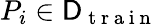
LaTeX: P_{i}\in\mathsf{D}_{\mathrm{~t~r~a~i~n~}}